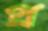
প্র